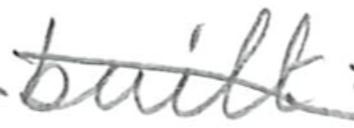
Text: built
Cross-out: diagonal
Writing tool: pencil